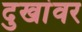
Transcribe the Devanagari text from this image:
दुखांवर